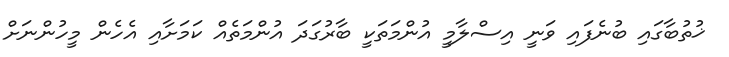
ޚުތުބާގައި ބުނެފައި ވަނީ އިސްލާމީ އުންމަތަކީ ބާރުގަދަ އުންމަތެއް ކަމަށާއި އެހެން މީހުންނަށް